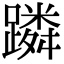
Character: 蹸